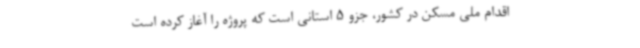
اقدام ملی مسکن در کشور، جزو 5 استانی است که پروژه را آغاز کرده است